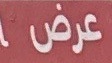
عرض